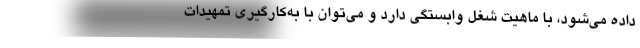
داده می‌شود، با ماهیت شغل وابستگی دارد و می‌توان با به‌کارگیری تمهیدات